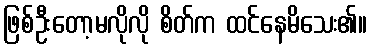
ဖြစ်ဦးတော့မလိုလို စိတ်က ထင်နေမိသေး၏။